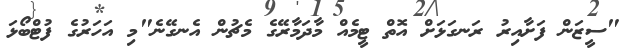
"ސީޒަން ފަށާއިރު ރަނގަޅަށް އޮތް ޓީމެއް މާދަމާރޭގެ މެޗުން އެނގޭނެ"މި އަަހަރުގެ ފުޓްބޯޅަ